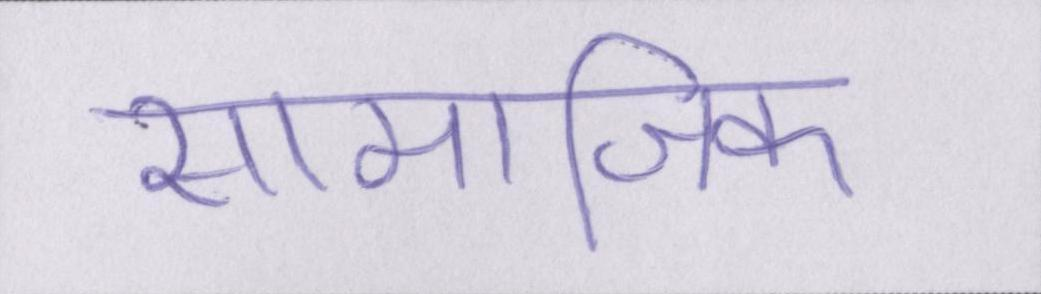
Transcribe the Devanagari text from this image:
सामाजिक